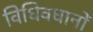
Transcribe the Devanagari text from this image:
विधिवधानों